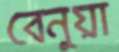
বেনুয়া